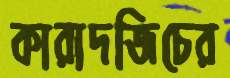
কারাদজিচের